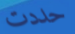
حددت